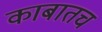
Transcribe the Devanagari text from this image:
काबातच